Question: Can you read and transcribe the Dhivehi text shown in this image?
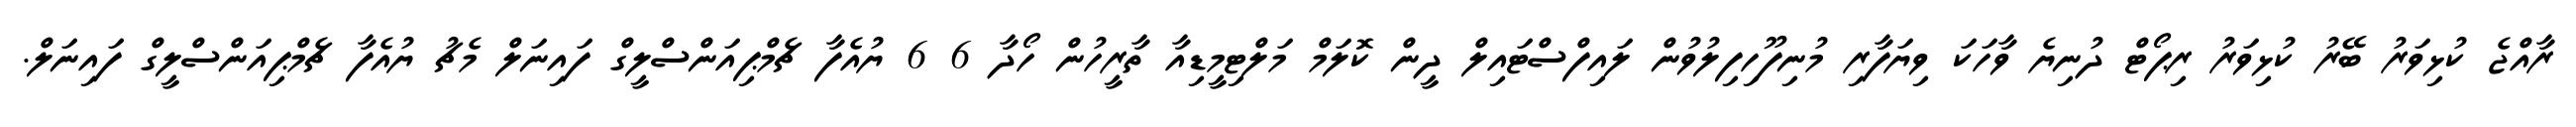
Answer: ރާއްޖެ ކުޅިވަރު ބޭރު ކުޅިވަރު ރިޕޯޓް ދުނިޔެ ވާހަކަ ވިޔަފާރި މުނިފޫހިފިލުވުން ލައިފްސްޓައިލް ދީން ކޮލަމް މަލްޓިމީޑިއާ ތާރީހުން ހޯދާ 6 6 ޔުއެފާ ޗެމްޕިއަންސްލީގް ފައިނަލް މެޗު ޔުއެފާ ޗެމްޕިއަންސްލީގް ފައިނަލް.